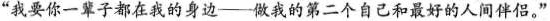
”我要你一辈子都在我的身边---做我的第二个自己和最好的人间伴侣。”